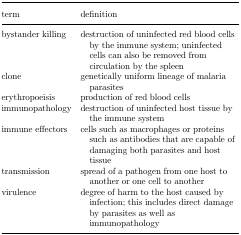
| term | definition |
 | --- | --- |
 | bystander killing | destruction of uninfected red blood cells by the immune system; uninfected cells can also be removed from circulation by the spleen |
 | clone | genetically uniform lineage of malaria parasites |
 | erythropoeisis | production of red blood cells |
 | immunopathology | destruction of uninfected host tissue by the immune system |
 | immune effectors | cells such as macrophages or proteins such as antibodies that are capable of damaging both parasites and host tissue |
 | transmission | spread of a pathogen from one host to another or one cell to another |
 | virulence | degree of harm to the host caused by infection; this includes direct damage by parasites as well as immunopathology |